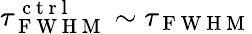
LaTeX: \tau_{\mathrm{~F~W~H~M~}}^{\mathrm{~c~t~r~l~}}\sim\tau_{\mathrm{~F~W~H~M~}}